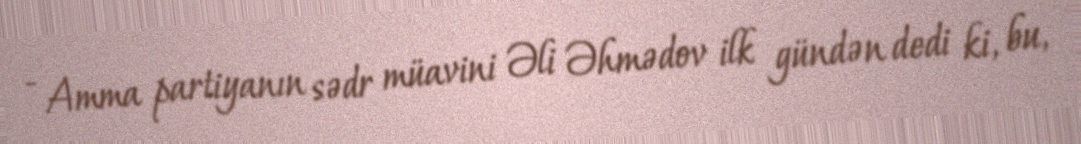
- Amma partiyanın sədr müavini Əli Əhmədov ilk gündən dedi ki, bu,